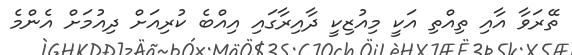
ތޭރަވާ އާއި ތިއްތި އަކީ މިއުޒިކީ ދާއިރާގައި އިއްބެ ކުރިއަށް ދިއުމަށް އެންމެ